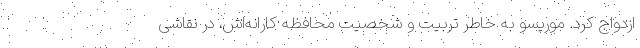
ازدواج کرد. موریسو به خاطر تربیت و شخصیت محافظه کارانه‌اش، در نقاشی